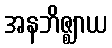
အနဘိဇ္ဈာယ